Civil Veterinary Department Bihar reports 1940-50 - 1940-1950
Year: 1940
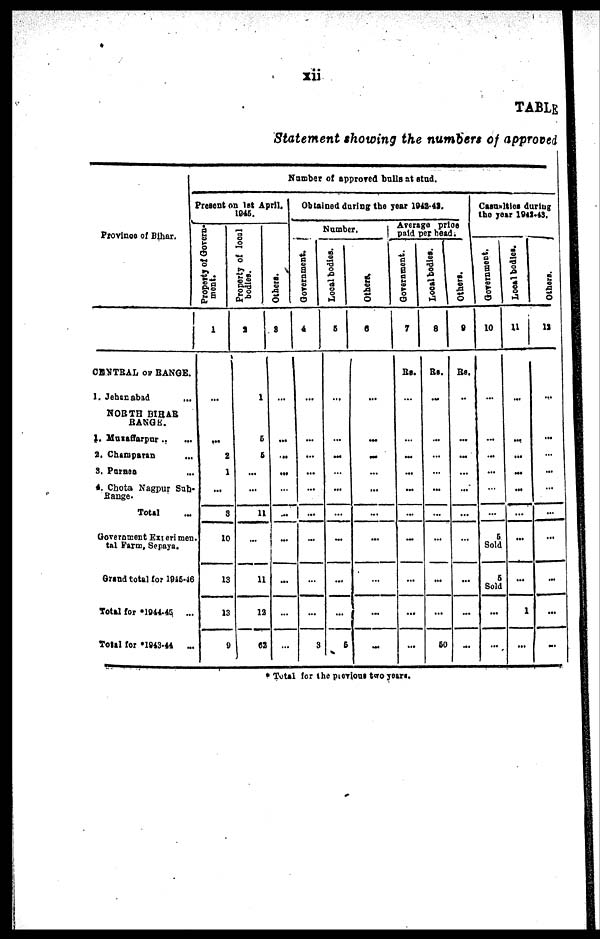
xii
TABLE
Statement showing the numbers of approved
Province of Bihar.
CENTRAL OF RANGE.
1. Jehanabad ...
NORTH BIHAR
RANGE.
4. Muzaffarpur
...
2. Champaran
...
3. Purnea ...
4. Chota Nagpur Sub-
Range.
Total ...
Government Experinmen
tal Farm, Sepaya.
Grand total for 1945-46
Total for 1944-45 ...
Total for 1943-44 ...
Number of approved bulls at stud.
Present on 1st April,
1945.
Property of Govern-
ment.
1
...
...
2
1
...
3
10
13
13
9
Property of local
bodies.
2
1
5
5
...
...
11
...
11
12
62
Others.
3
...
...
..
...
...
...
...
...
...
...
Obtained daring the year 1942-43.
Number.
Government.
4
...
...
...
...
...
...
...
...
...
3
Local bodies.
5
...
...
...
...
...
...
...
...
...
6
Others.
6
...
...
...
...
...
...
...
...
...
...
Average price
paid per head.
Government.
7
Rs.
...
...
...
...
...
...
...
...
...
...
Local bodies.
8
Rs.
...
...
...
...
...
...
...
...
...
50
Others.
9
Rs.
...
...
...
...
...
...
...
...
...
...
Casualties during
the year 1942-43.
Government.
10
...
...
...
...
...
...
5
Sold
5
Sold
...
...
Local bodies.
11
...
...
...
...
...
...
...
...
1
...
Others.
12
...
...
...
...
...
...
...
...
...
...
* Total for the previous two years.